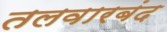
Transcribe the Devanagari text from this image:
तलवारबंद